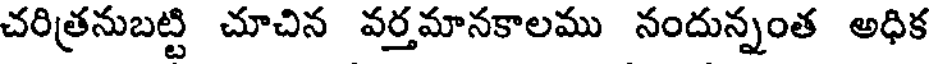
చరిత్రనుబట్టి చూచిన వర్తమానకాలము నందున్నంత అధిక